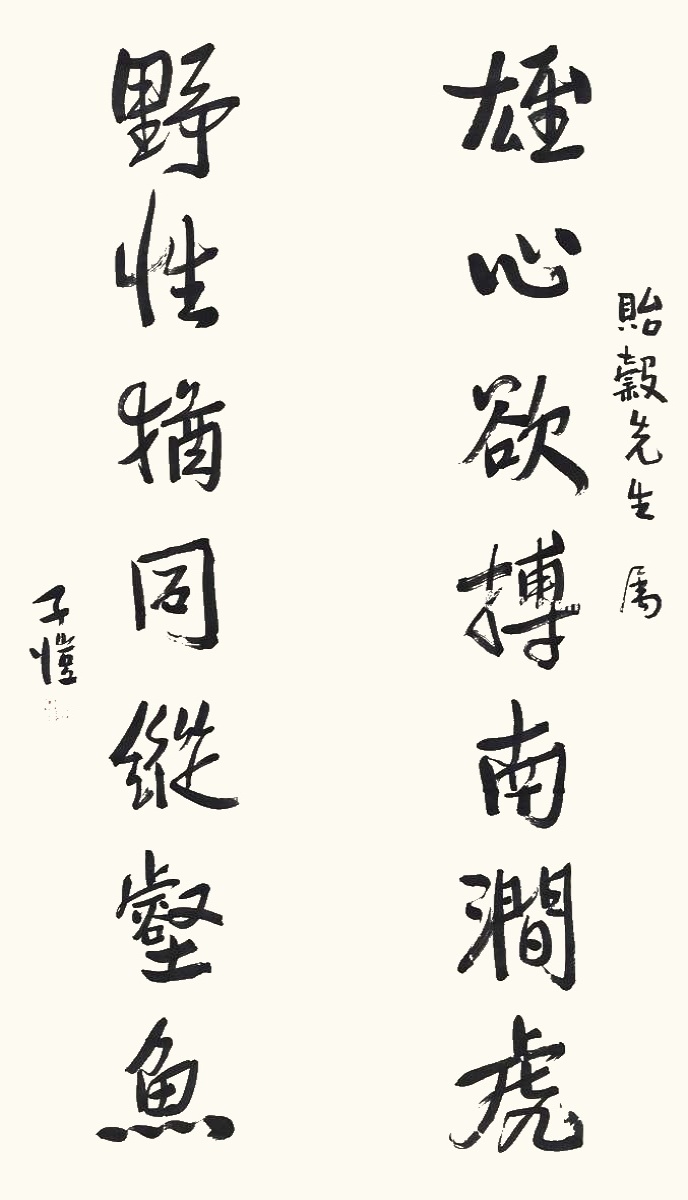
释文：雄心欲搏南涧虎，野性犹同纵壑鱼。贻谷先生属，子恺。